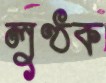
লুণ্ঠক